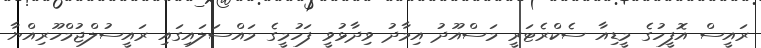
ރައީސް އޮފީހުގެ މީޑިއާ ސެކްރެޓަރީ މަސްއޫދު އިމާދު ވިދާޅުވީ ފަހުމީގެ މައްސަލައިގައި ރައީސުލްޖުމްހޫރިއްޔާ